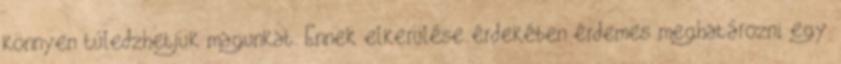
könnyen túledzhetjük magunkat. Ennek elkerülése érdekében érdemes meghatározni egy